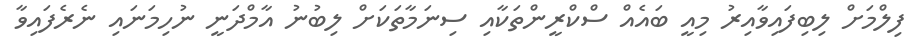
ފިލްމަށް ލިބިފައިވާއިރު މިއީ ބައެއް ސްކްރީންތަކާއި ސިނަމާތަކަށް ލިބުނު އާމްދަނީ ނުހިމަނައި ނެރެފައިވާ